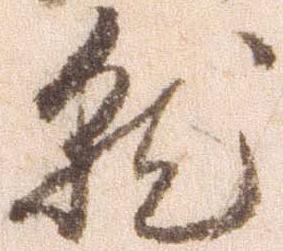
就